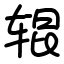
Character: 辊